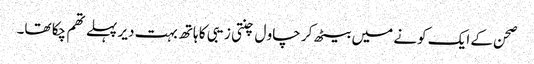
صحن کے ایک کونے میں بیٹھ کر چاو ل چنتی زیبی کا ہاتھ بہت دیر پہلے تھم چکا تھا۔